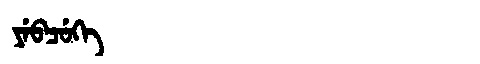
Manchu: ᠶᡝᠪᠴᡠᡴᡝ
Romanization: YEBCUKE